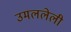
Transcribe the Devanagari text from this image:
उमललेली